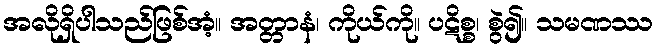
အလိုရှိပါသည်ဖြစ်အံ့။ အတ္တာနံ၊ ကိုယ်ကို။ ပဋိစ္စ၊ စွဲ၍။ သမဏဿ